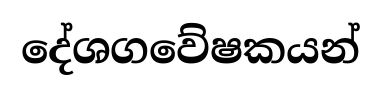
දේශගවේෂකයන්